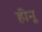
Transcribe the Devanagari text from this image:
हीनू